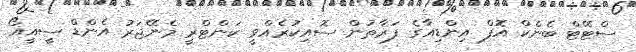
ސްޓޭޓް ބެންކް އޮފް އިންޑިއާގެ ފަރާތުން ސޮއިކުރެއްވީ ކަންޓްރީ މެނޭޖަރު އެންޑް ސީއީއޯ